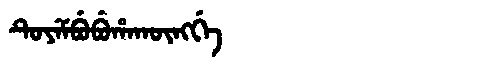
Manchu: ᡨᡠᠶᡝᠮᠪᡠᠪᡠᡥᠠᡴᡡᠩᡤᡝ
Romanization: TUYEMBUBUHAKŪNGGE